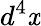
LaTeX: d^{4}\mathit{x}